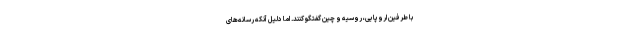
با طرفین اروپایی، روسیه و چین گفتگو کنند. اما دلیل آنکه رسانه‌های